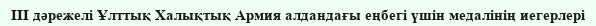
III дәрежелі Ұлттық Халықтық Армия алдандағы еңбегі үшін медалінің иегерлері